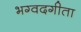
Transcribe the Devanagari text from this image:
भग्वदगीता